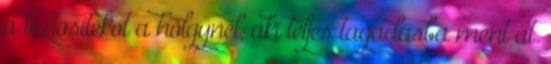
a biztosítékot a hölgynél, aki teljes tagadásba ment át.